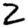
Digit: 2